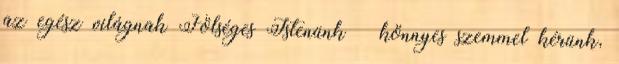
az egész világnak Fölséges Istenünk – könnyes szemmel kérünk,